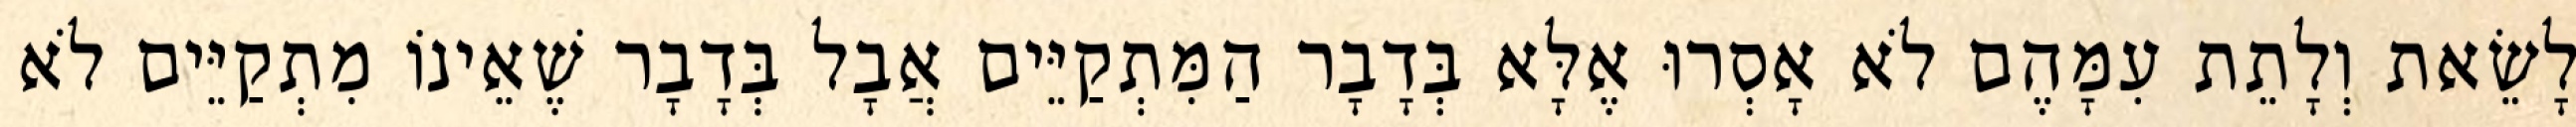
לָשֵׂאת וְלָתֵת עִמָּהֶם לֹא אָסְרוּ אֶלָּא בְּדָבָר הַמִּתְקַיֵּים אֲבָל בְּדָבָר שֶׁאֵינוֹ מִתְקַיֵּים לֹא